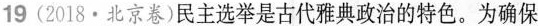
C.有助于社会及政治稳定